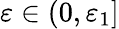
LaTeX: \varepsilon\in(0,\varepsilon_{1}]